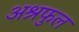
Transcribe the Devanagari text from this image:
अश्रफुल